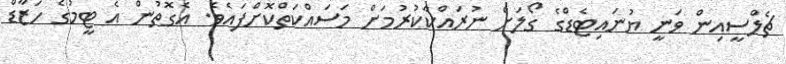
ޗެލްސީއިން ވަނީ ޔުނައިޓެޑްގެ ގޯލަށް ނުރައްކާކުރުމަށް މަސައްކަތްކޮށްފައެވެ. އެގޮތުން އެ ޓީމުގެ ހަޒާޑް